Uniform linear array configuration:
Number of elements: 12
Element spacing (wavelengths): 0.75
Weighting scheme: binomial
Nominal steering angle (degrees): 45
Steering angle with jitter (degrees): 46.121
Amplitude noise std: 0.05
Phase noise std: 0.05

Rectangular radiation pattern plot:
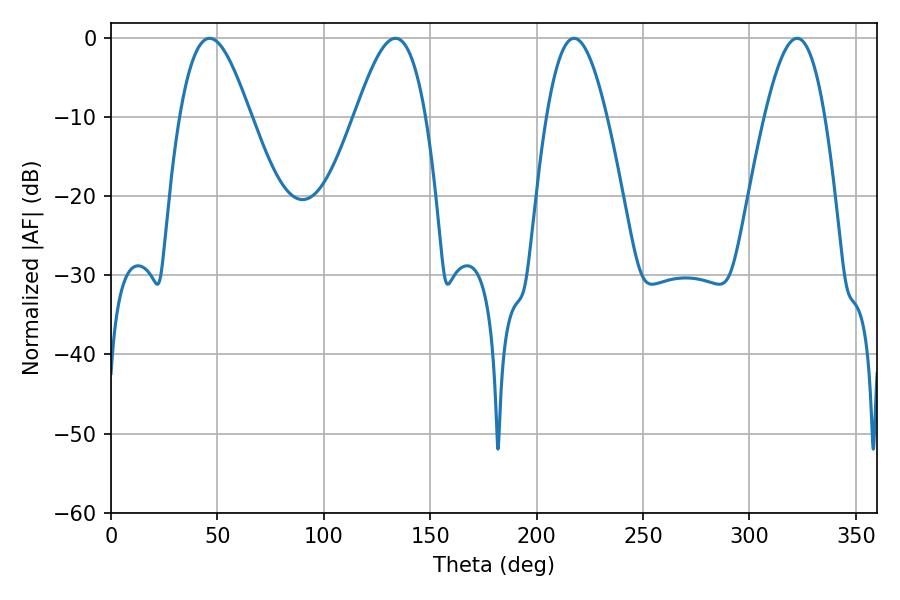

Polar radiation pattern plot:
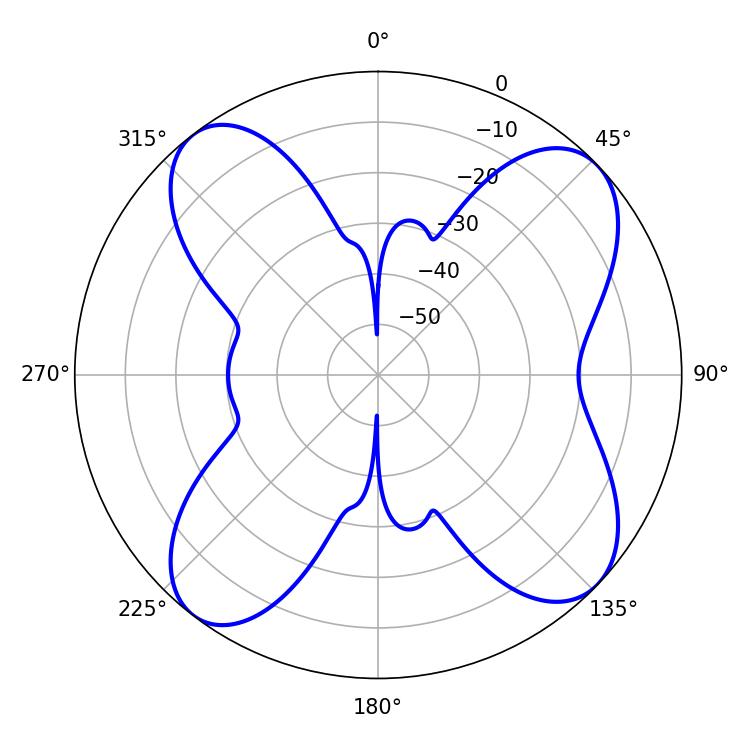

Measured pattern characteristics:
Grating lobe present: TRUE
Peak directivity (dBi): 11.202
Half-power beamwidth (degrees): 15.48
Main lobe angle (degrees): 322.38